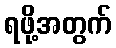
ရဖို့အတွက်